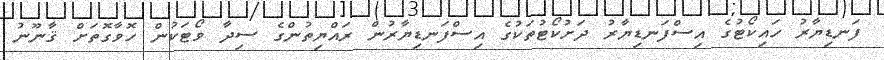
ފަނޑިޔާރު ހައިކޯޓުގެ އިސްފަނޑިޔާރު ދަށުކޯޓުތަކުގެ އިސްފަނޑިޔާރުން ރައްޔިތުންގެ ސިދާ ވޯޓަކުން ހޮވާގޮތަށް ޤާނޫނު